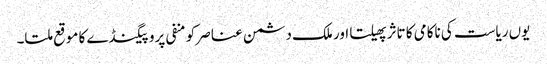
یوں ریاست کی ناکامی کا تاثر پھیلتا اور ملک دشمن عناصر کو منفی پروپیگنڈے کا موقع ملتا۔